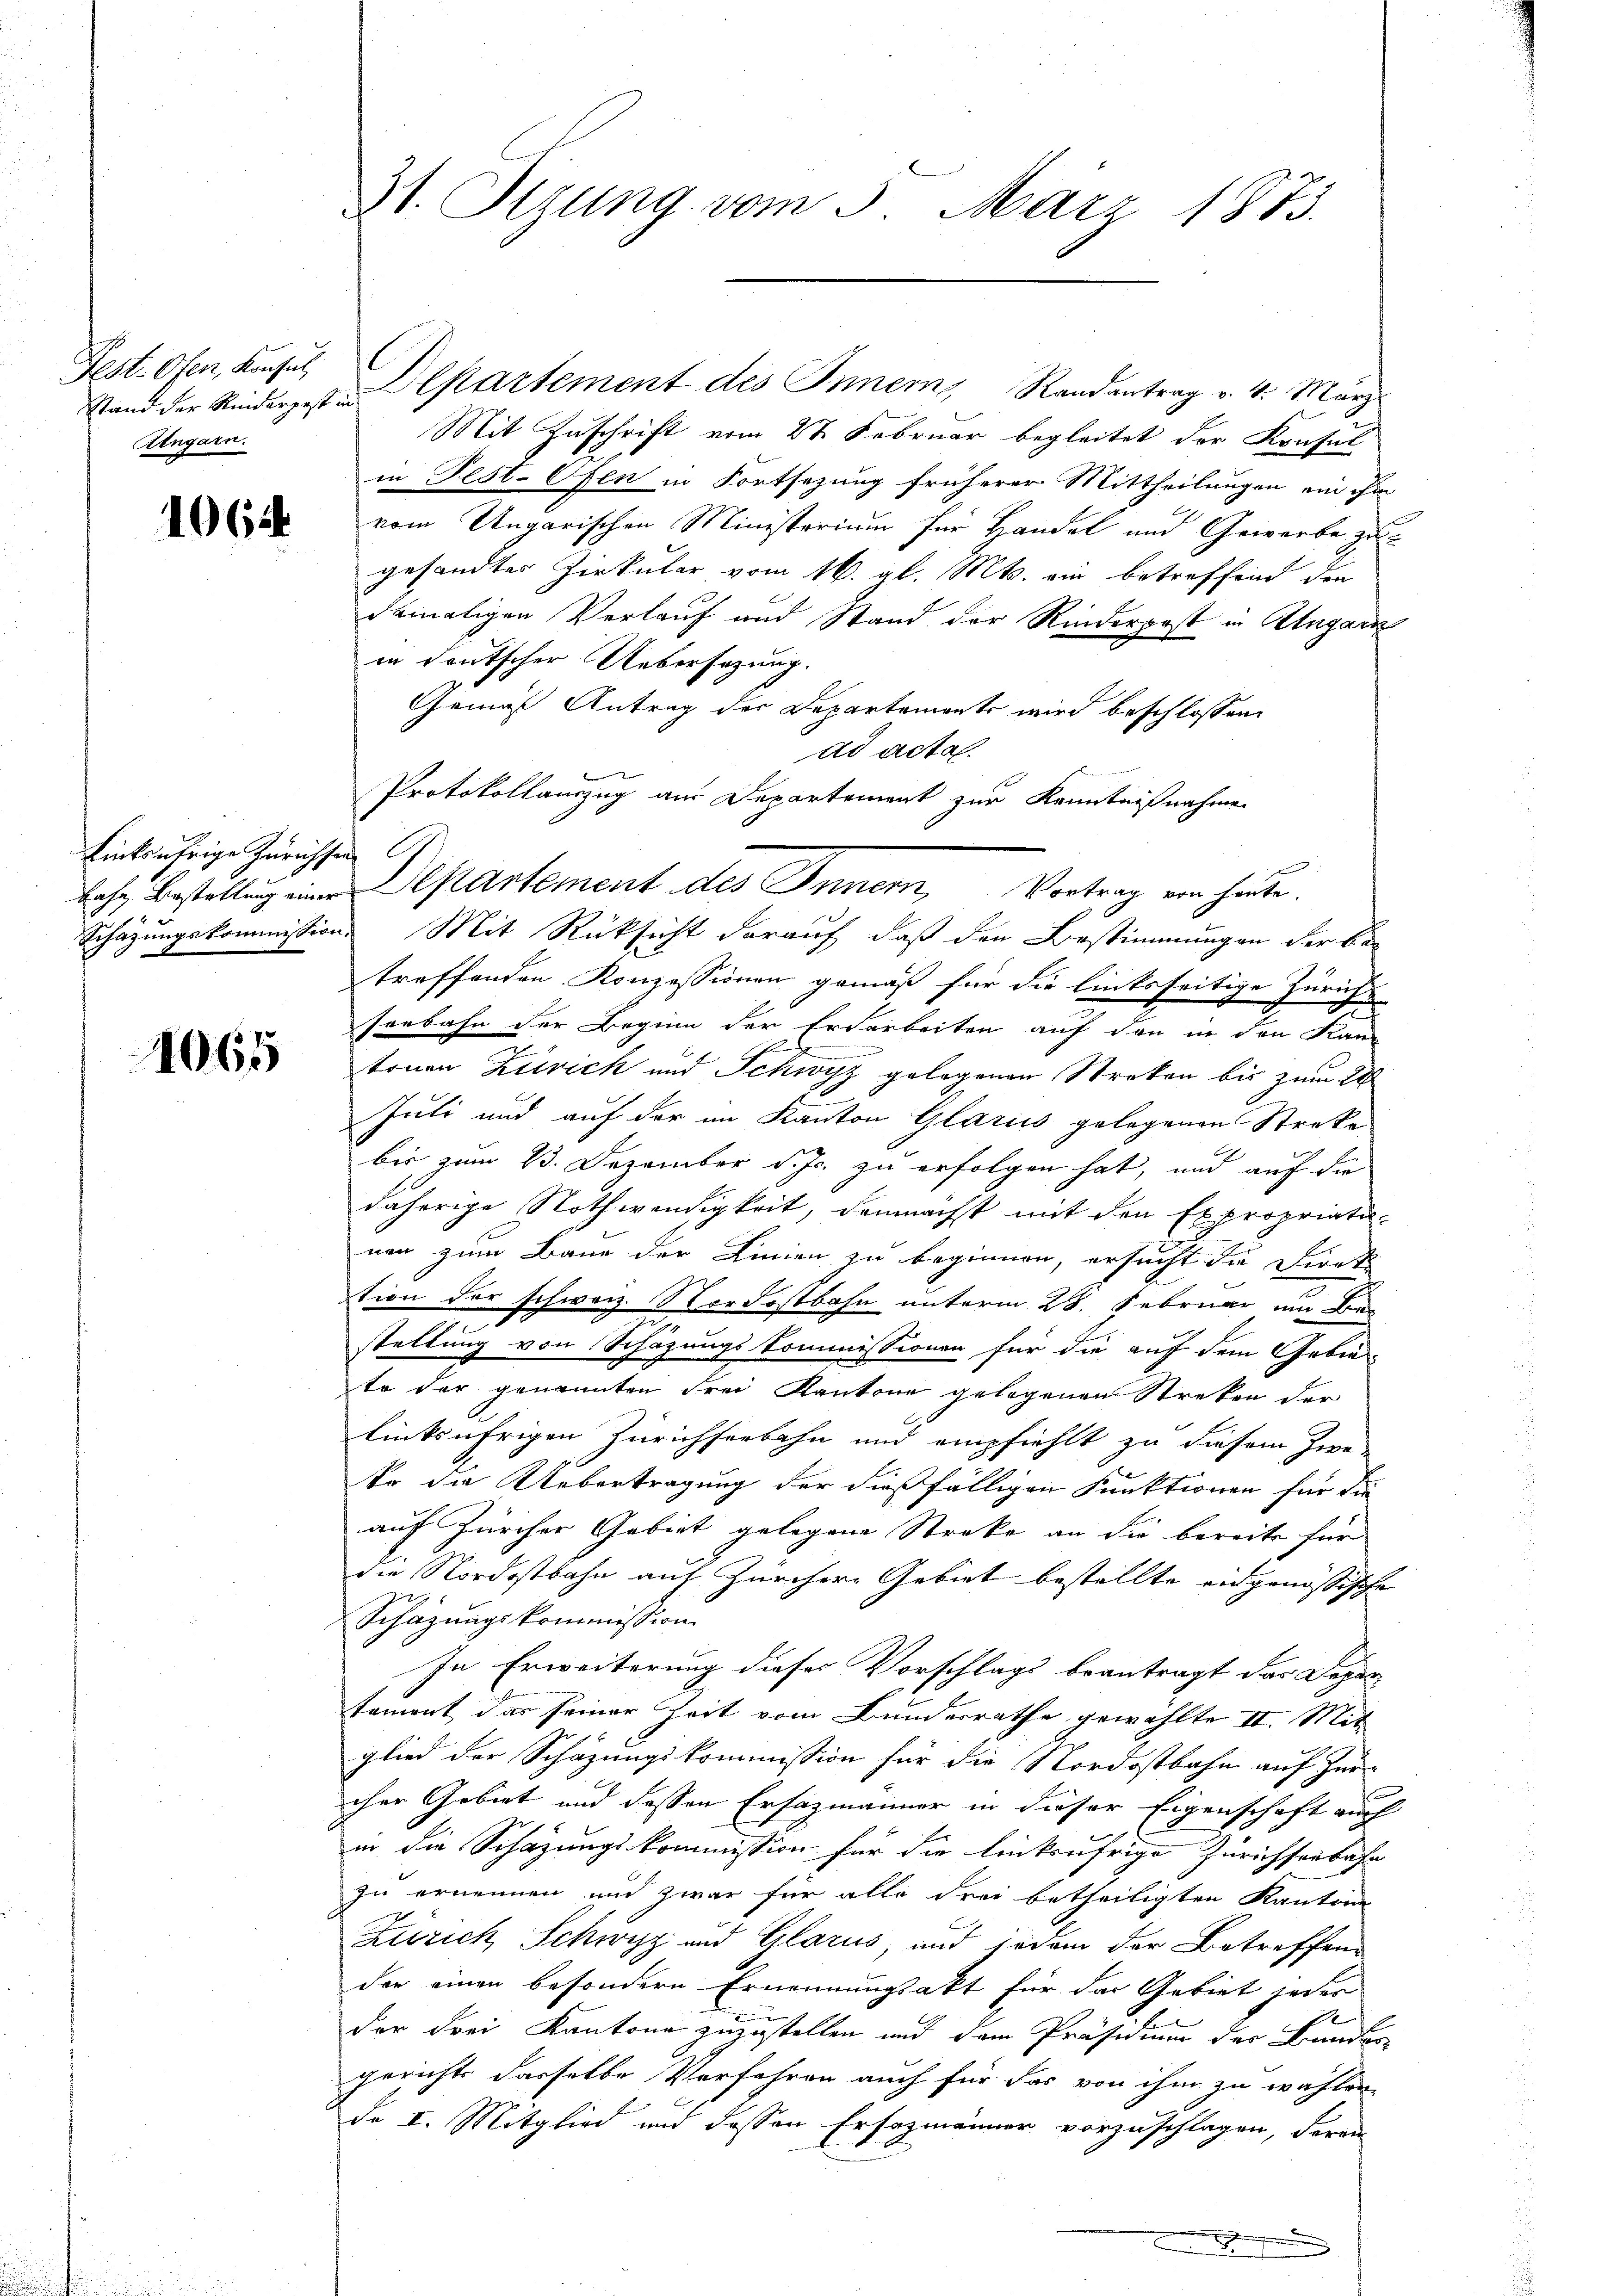
Fest. Ofen, Konsul
Zengarn.

1064

Linksufrige Zürichsen

1065

31. Jezung vom 3. März 1873.

Stand der Kindergeste Departement des Innern Randantrag v. 4. März
Mit Zuschrift vom 27. Februar begleitet der Konsul
in Fest-Ofen in Fortsezung früherer Mittheilungen ein ihm
vom Ungarischen Ministerium für Handel und Gewerbe zugesandtes Zirkular vom 16. gl. Mts. ein betreffend den
damaligen Verlauf und Stand der Rinderpost in Ungarn
in deutscher Uebersezung.
Gemäß Antrag der Departemonts wird beschlossen:
ad acta.
Protokollauszug am Departement zur Kenntnißnahme
lache Bestellung einer Departement des Inner, Vortrag ein heute.
Schazungskommission. Mit Rücksicht darauf, daß den Bestimmungen der be-
treffenden Konzessionen gemäß für die linksseitige Zurück
t
sonbahn der Beginn der Erdarbeiten auf der in den Kan-
m
tonen Zürich und Schwyz gelegenen Streken bis zum 22
Juli und auf der im Kanton Glarus gelegenen Streke
bis zum 23. Dezember d. Js. zu erfolgen hat, und auf die
daherige Nothwendigkeit, demnächst mit den Expropriati-
nen zum Baue der Linien zu beginnen, ersucht die Direk
tion der schweiz. Nordostbahn unterm 28. Februar um Bestaltung von Schäzungskommissionen für die auf dem Gebiete der genannten Frei Kantone gelegenen Streken der
linksufrigen Zürichserbahn und empfiehlt zu diesem Zwe
to die Uebertragung der dießfälligen Funktionen für die
auf Zürcher Gebiet gelegene Streke an die bereits für
die Nordostbahn auf Zürchere Gebiet bestellte eidgenössische
Schazungskommission
In Erweiterung dieses Vorschlags beantragt das Departament das seiner Zeit vom Bundesrathe gewählte II. Mit
glied der Schazungskommission für die Nordostbahn auf Zur-
cher Gebirt und dessen Ersazmänner in dieser Eigenschaft auch
in die Schazungskommission für die linkufrige Zürichsenbahn
zu ernennen und zwar für alle drei betheiligten Kanton
b
Zürich Schwyz und Glarus, und jedem der Betreffend
der einen besondere Ernennungsakt für das Gebiet jedes
der drei Kantone zuzustellen und dem Präsidium der Bunder-
gerichts dasselbe Verfahren auch für das von ihm zu wählen,
de I. Mitglied und dessen Ersezmänner vorzuschlagen, deren
.